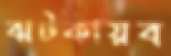
ঝটকায়ব